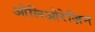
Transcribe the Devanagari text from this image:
ओलिओरेज़िन